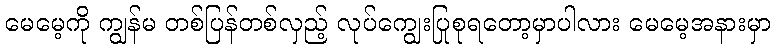
မေမေ့ကို ကျွန်မ တစ်ပြန်တစ်လှည့် လုပ်ကျွေးပြုစုရတော့မှာပါလား မေမေ့အနားမှာ